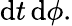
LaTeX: \mathrm{d}t\, \mathrm{d}\phi.